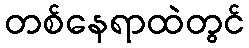
တစ်နေရာထဲတွင်